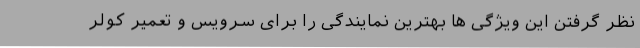
نظر گرفتن این ویژگی ها بهترین نمایندگی را برای سرویس و تعمیر کولر